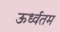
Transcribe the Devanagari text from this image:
ऊर्ध्वतम